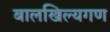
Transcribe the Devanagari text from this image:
बालखिल्यगण